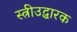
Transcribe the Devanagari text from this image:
स्त्रीउद्धारक